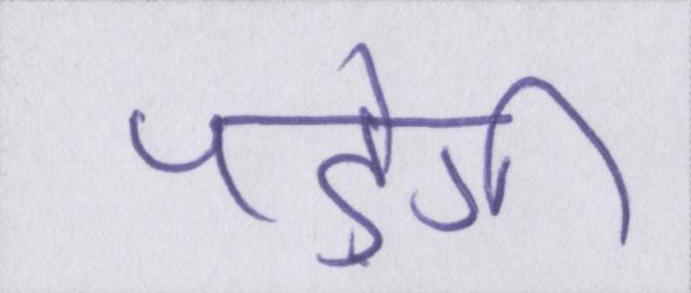
पड़ेगी